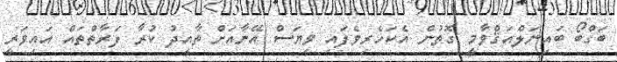
ބަގްބޯ ބައިނަލްއަޤްވާމީ ގޮތުން އެކަހެރިވެފައި ވިޔަސް އޭނާއަށް ތާއީދު ކުރާ ފަރާތްތައް އައިވަރީ